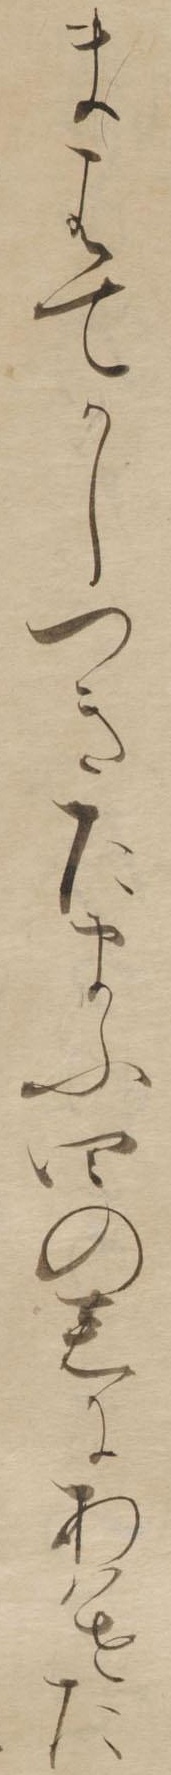
まはてかしつきたまふ四の君にあはせた